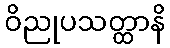
ဝိညုပသတ္ထာနိ